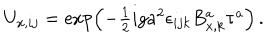
LaTeX: U _ { x , i j } = \exp \left( - \textstyle { { \frac { 1 } { 2 } } } i g a ^ { 2 } \epsilon _ { i j k } B _ { x , k } ^ { a } \tau ^ { a } \right) \, .